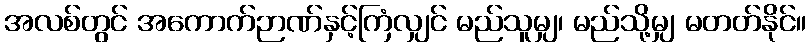
အလစ်တွင် အကောက်ဉာဏ်နှင့်ကြံလျှင် မည်သူမျှ၊ မည်သို့မျှ မတတ်နိုင်။